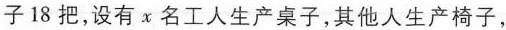
子18把，设有x名工人生产桌子，其他人生产椅子，